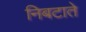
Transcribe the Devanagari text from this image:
निबटाते